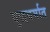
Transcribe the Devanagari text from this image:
बुद्धधर्मात